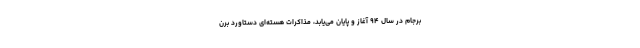
برجام در سال ۹۴ آغاز و پایان می‌یابد، مذاکرات هسته‌ای دستاورد برن